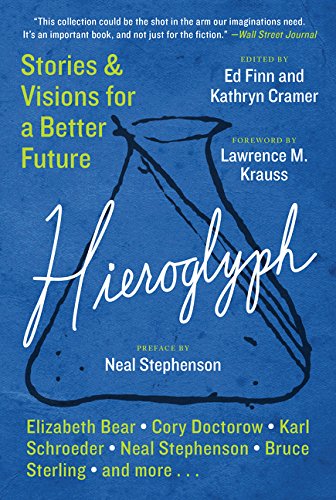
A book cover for Hieroglyph: Stories and Visions for a Better Future; Ed Finn; Science Fiction & Fantasy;